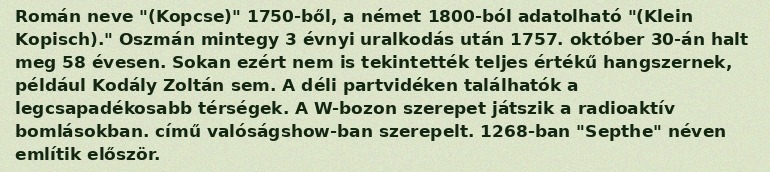
Román neve "(Kopcse)" 1750-ből, a német 1800-ból adatolható "(Klein Kopisch)." Oszmán mintegy 3 évnyi uralkodás után 1757. október 30-án halt meg 58 évesen. Sokan ezért nem is tekintették teljes értékű hangszernek, például Kodály Zoltán sem. A déli partvidéken találhatók a legcsapadékosabb térségek. A W-bozon szerepet játszik a radioaktív bomlásokban. című valóságshow-ban szerepelt. 1268-ban "Septhe" néven említik először.